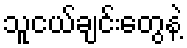
သူငယ်ချင်းတွေနဲ့